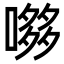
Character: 𭊶